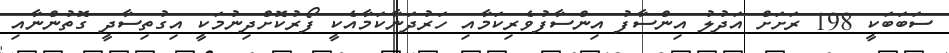
ސަބަބަކީ 198 ރަށަށް އަދުލު އިންސާފު އިންސާފުވެރިކަމާއި ހަރުދަނާކަމާއެކީ ފޯރުކޮށްދިނުމަކީ އިގުތިސާދީ ގޮތުންނާއި